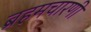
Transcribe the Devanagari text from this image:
ब्रहमचारणी